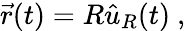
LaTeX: {\vec{r}}(t)=R{\hat{u}}_{R}(t)\ ,